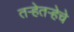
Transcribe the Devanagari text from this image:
तऱ्हेतऱ्हेचे